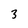
Character: 3